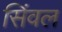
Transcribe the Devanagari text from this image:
सिंवल